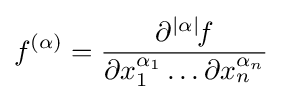
f^{(\alpha )}={\frac {\partial ^{|\alpha |\!}f}{\partial x_{1}^{\alpha _{1}}\dots \partial x_{n}^{\alpha _{n}}}}